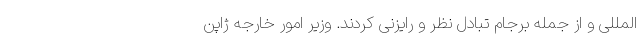
المللی و از جمله برجام تبادل نظر و رایزنی کردند. وزیر امور خارجه ژاپن